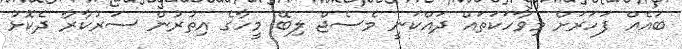
ބައެއް ފަހަރަށް މިވާހަކަތައް ދައްކަނީ މެސެޖް ލިބޭ މީހާގެ އިތުރުން ސަރުކާރާ ދެކޮޅު